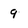
Character: 9